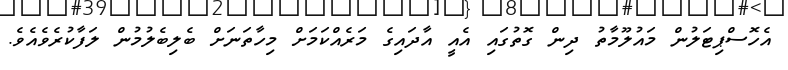
އެހޮސްޕިޓަލުން މައުލޫމާތު ދިން ގޮތުގައި އެއީ އާދައިގެ މަރެއްކަމަށް މިހާތަނަށް ބެލިބެލުމުން ލަފާކުރެވެއެވެ.